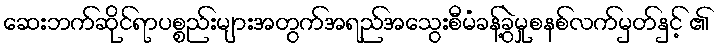
ဆေးဘက်ဆိုင်ရာပစ္စည်းများအတွက်အရည်အသွေးစီမံခန့်ခွဲမှုစနစ်လက်မှတ်နှင့် ၏